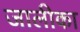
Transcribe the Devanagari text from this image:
जालीका